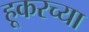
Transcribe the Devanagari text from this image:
हूकरच्या